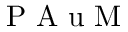
\mathrm { ~ P ~ A ~ u ~ M ~ }